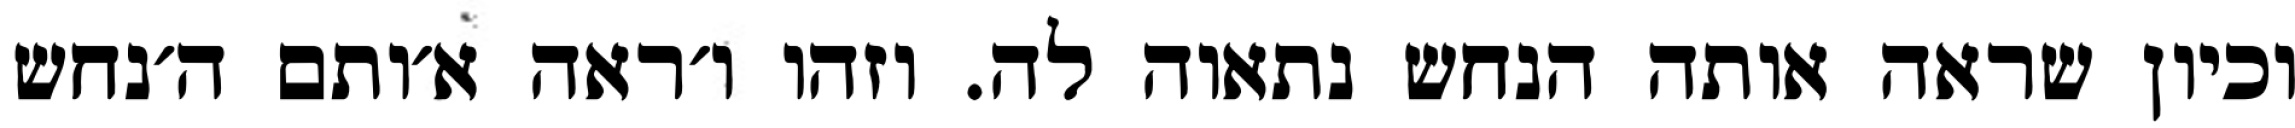
וכיון שראה אותה הנחש נתאוה לה. וזהו ו׳ראה א׳ותם ה׳נחש